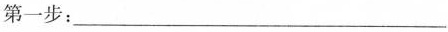
第一步：___